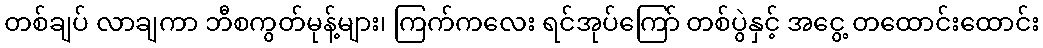
တစ်ချပ် လာချကာ ဘီစကွတ်မုန့်များ၊ ကြက်ကလေး ရင်အုပ်ကြော် တစ်ပွဲနှင့် အငွေ့ တထောင်းထောင်း